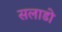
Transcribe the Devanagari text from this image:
सलाडो